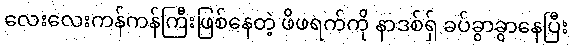
လေးလေးကန်ကန်ကြီးဖြစ်နေတဲ့ ဖိဖရက်ကို နာဒစ်ရှ် ခပ်ခွာခွာနေပြီး